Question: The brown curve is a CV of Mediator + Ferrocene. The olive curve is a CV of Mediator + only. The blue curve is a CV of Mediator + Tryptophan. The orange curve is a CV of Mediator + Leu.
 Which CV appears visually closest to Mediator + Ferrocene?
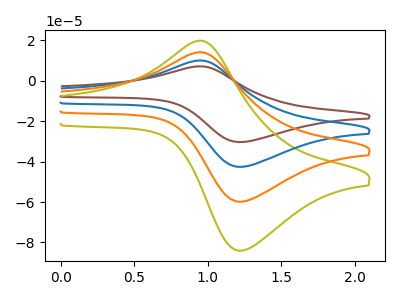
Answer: <think>The brown curve "Mediator + Ferrocene" has an anodic peak at (0.95V, 42.25uA) and a cathodic peak at (1.25V, -179.45uA). The olive curve "Mediator + only" has an anodic peak at (0.95V, 19.80uA) and a cathodic peak at (1.25V, -84.05uA). The blue curve "Mediator + Tryptophan" has an anodic peak at (0.95V, 28.15uA) and a cathodic peak at (1.25V, -119.65uA). The orange curve "Mediator + Leu" has an anodic peak at (0.95V, 14.10uA) and a cathodic peak at (1.25V, -59.80uA).
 All the peaks in "Mediator + Ferrocene" have a peak in "Mediator + only" at the same potential. Every peak in "Mediator + Ferrocene" is higher than every peak in "Mediator + only". All the peaks in "Mediator + Ferrocene" have a peak in "Mediator + Tryptophan" at the same potential. Every peak in "Mediator + Ferrocene" is higher than every peak in "Mediator + Tryptophan". All the peaks in "Mediator + Ferrocene" have a peak in "Mediator + Leu" at the same potential. Every peak in "Mediator + Ferrocene" is higher than every peak in "Mediator + Leu". All the peaks in "Mediator + only" have a peak in "Mediator + Tryptophan" at the same potential. Every peak in "Mediator + only" is lower than every peak in "Mediator + Tryptophan". All the peaks in "Mediator + only" have a peak in "Mediator + Leu" at the same potential. Every peak in "Mediator + only" is higher than every peak in "Mediator + Leu". All the peaks in "Mediator + Tryptophan" have a peak in "Mediator + Leu" at the same potential. Every peak in "Mediator + Tryptophan" is higher than every peak in "Mediator + Leu".</think>
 <answer>"Mediator + Ferrocene", "Mediator + Tryptophan" and "Mediator + Leu" have a similar shape to "Mediator + only".</answer>
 <eval>"Mediator + Ferrocene" "Mediator + Tryptophan" "Mediator + Leu"</eval>